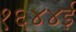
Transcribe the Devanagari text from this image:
१६४४ई